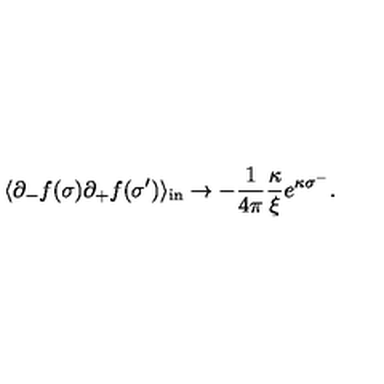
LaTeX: \langle \partial _ { - } f ( \sigma ) \partial _ { + } f ( \sigma ^ { \prime } ) \rangle _ { \mathrm { { i n } } } \rightarrow - \frac { 1 } { 4 \pi } \frac { \kappa } { \xi } e ^ { \kappa \sigma ^ { - } } .